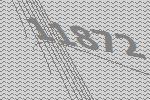
11872